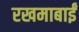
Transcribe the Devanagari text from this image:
रखमाबाईं